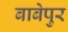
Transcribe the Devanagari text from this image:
बाबेपुर